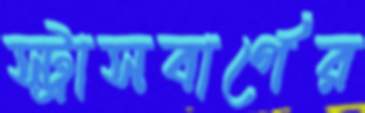
স্ট্রাসবার্গের